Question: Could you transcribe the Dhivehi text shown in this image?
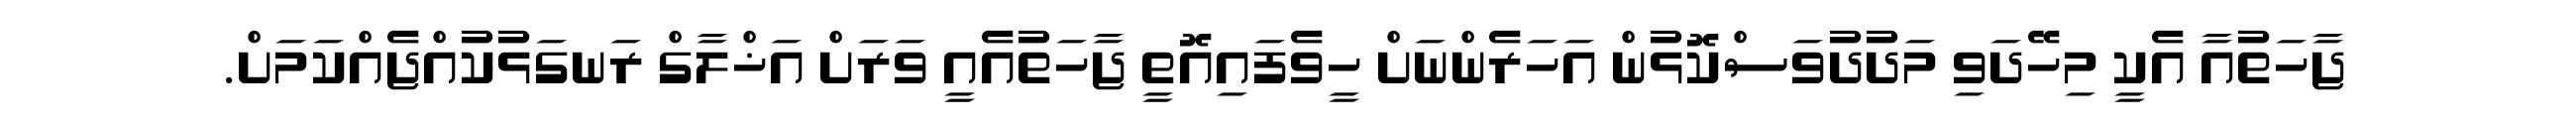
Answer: ޖާހަތުއާ އެކީ މިހޭދަވި މަދުދުވަސްކޮޅުން އަހަރެންނަށް ހީވެފައިއޮތީ ޖާހަތުއެއީ ވަރަށް އަޚްލާގް ރަނގަޅުކުއްޖެއްކަމަށް.